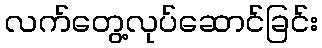
လက်တွေ့လုပ်ဆောင်ခြင်း